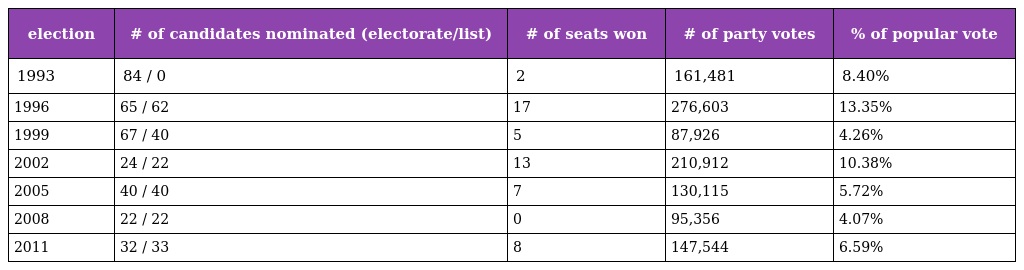
| election | # of candidates nominated (electorate/list) | # of seats won | # of party votes | % of popular vote |
 | --- | --- | --- | --- | --- |
 | 1993 | 84 / 0 | 2 | 161,481 | 8.40% |
 | 1996 | 65 / 62 | 17 | 276,603 | 13.35% |
 | 1999 | 67 / 40 | 5 | 87,926 | 4.26% |
 | 2002 | 24 / 22 | 13 | 210,912 | 10.38% |
 | 2005 | 40 / 40 | 7 | 130,115 | 5.72% |
 | 2008 | 22 / 22 | 0 | 95,356 | 4.07% |
 | 2011 | 32 / 33 | 8 | 147,544 | 6.59% |